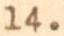
14.